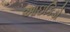
આઇકિડો